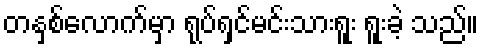
တနှစ်လောက်မှာ ရုပ်ရှင်မင်းသားရူး ရူးခဲ့ သည်။